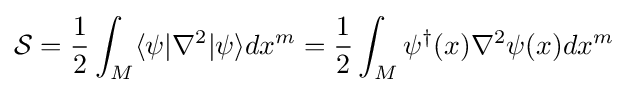
{\mathcal {S}}={\frac {1}{2}}\int _{M}\langle \psi |\nabla ^{2}|\psi \rangle dx^{m}={\frac {1}{2}}\int _{M}\psi ^{\dagger }(x)\nabla ^{2}\psi (x)dx^{m}